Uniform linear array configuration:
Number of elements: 16
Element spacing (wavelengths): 0.25
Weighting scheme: kaiser
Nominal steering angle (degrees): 60
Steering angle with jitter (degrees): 60.16
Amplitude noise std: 0.05
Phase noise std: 0.05

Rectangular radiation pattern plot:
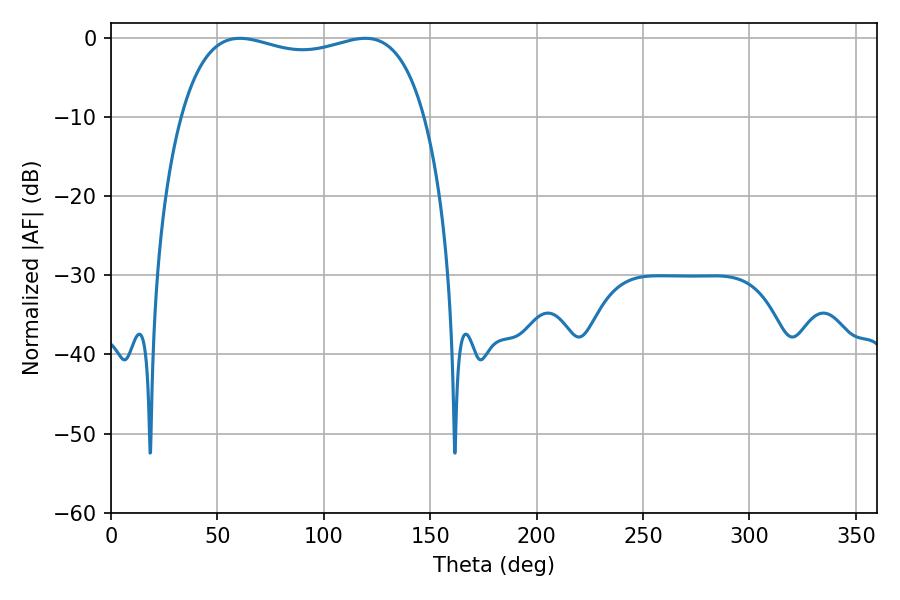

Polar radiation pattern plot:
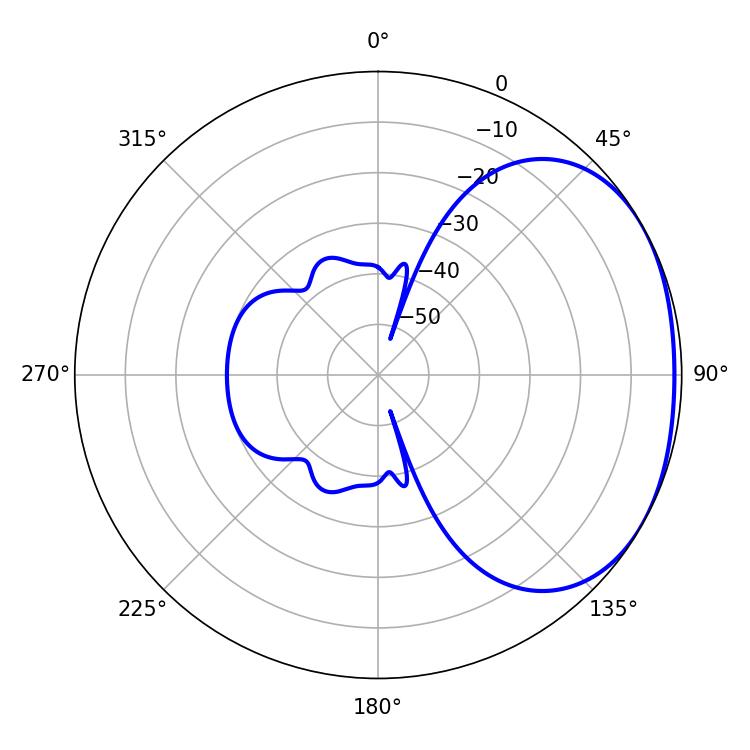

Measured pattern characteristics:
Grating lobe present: FALSE
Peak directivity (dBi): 1.899
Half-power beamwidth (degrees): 93.24
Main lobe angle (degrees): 60.48